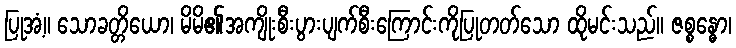
ပြုအံ့။ သောခတ္တိယော၊ မိမိ၏အကျိုးစီးပွားပျက်စီးကြောင်းကိုပြုတတ်သော ထိုမင်းသည်။ ဇစ္စန္ဓော၊